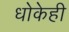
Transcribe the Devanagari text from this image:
धोकेही